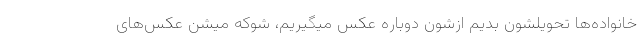
خانواده‌ها تحویلشون بدیم ازشون دوباره عکس میگیریم، شوکه میشن عکس‌های